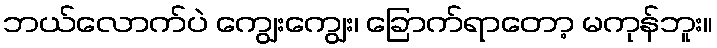
ဘယ်လောက်ပဲ ကျွေးကျွေး၊ ခြောက်ရာတော့ မကုန်ဘူး။